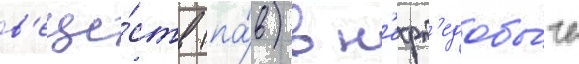
в'еще́ств (па́в) в н'ефт'едобы́че